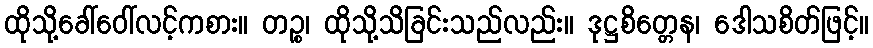
ထိုသို့ခေါ်ဝေါ်လင့်ကစား။ တဉ္စ၊ ထိုသို့သိခြင်းသည်လည်း။ ဒုဋ္ဌစိတ္တေန၊ ဒေါသစိတ်ဖြင့်။